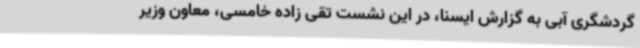
گردشگری آبی به گزارش ایسنا، در این نشست تقی زاده خامسی، معاون وزیر